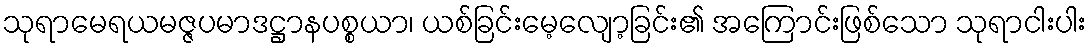
သုရာမေရယမဇ္ဇပမာဒဋ္ဌာနပစ္စယာ၊ ယစ်ခြင်းမေ့လျော့ခြင်း၏ အကြောင်းဖြစ်သော သုရာငါးပါး